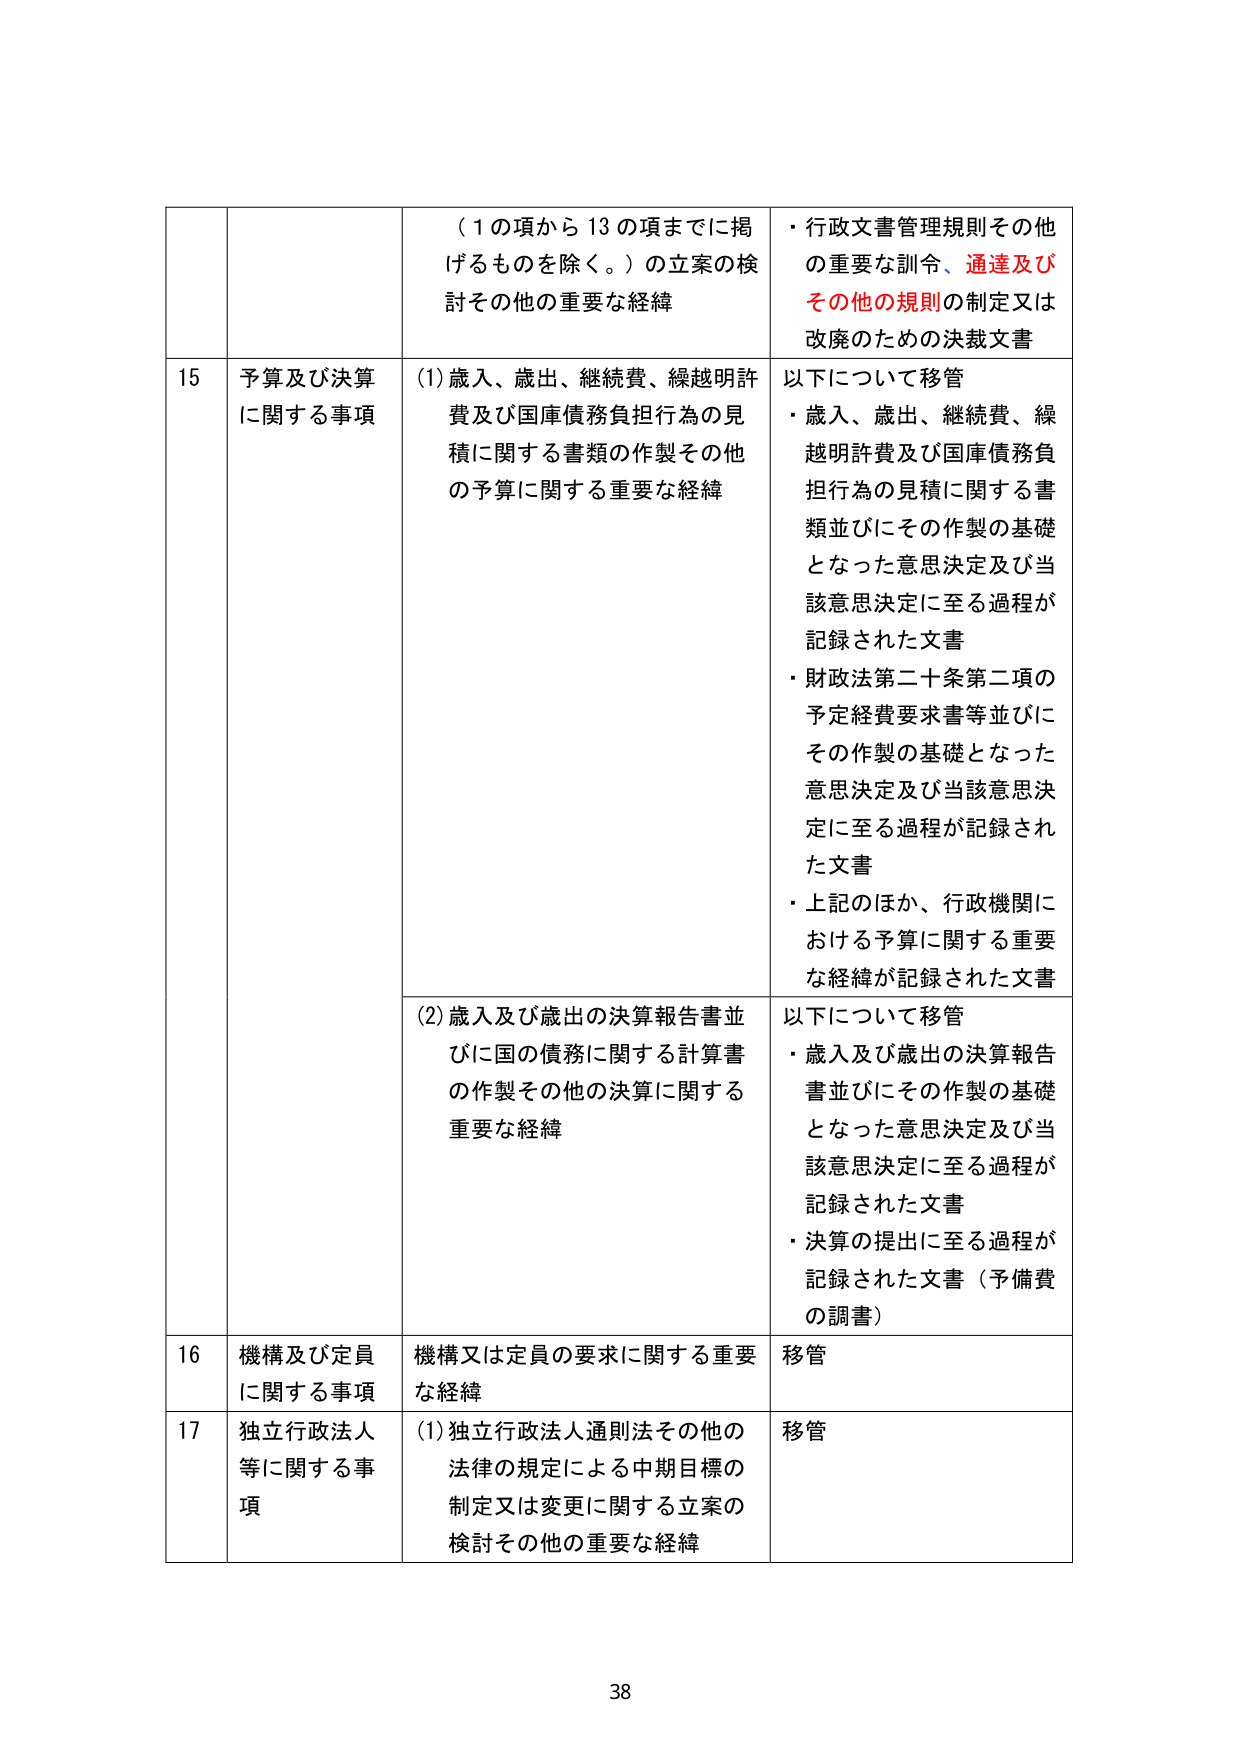
（１の項から１３の項までに掲げるものを除く。）の立案の検討その他の重要な経緯
・行政文書管理規則その他の重要な訓令、通達及びその他の規則の制定又は改廃のための決裁文書

15 予算及び決算に関する事項
(1) 歳入、歳出、継続費、繰越明許費及び国庫債務負担行為の見積に関する書類の作製その他の予算に関する重要な経緯
以下について移管
・歳入、歳出、継続費、繰越明許費及び国庫債務負担行為の見積に関する書類並びにその作製の基礎となった意思決定及び当該意思決定に至る過程が記録された文書
・財政法第二十条第二項の予定経費要求書等並びにその作製の基礎となった意思決定及び当該意思決定に至る過程が記録された文書
・上記のほか、行政機関における予算に関する重要な経緯が記録された文書

(2) 歳入及び歳出の決算報告書並びに国の債務に関する計算書の作製その他の決算に関する重要な経緯
以下について移管
・歳入及び歳出の決算報告書並びにその作製の基礎となった意思決定及び当該意思決定に至る過程が記録された文書
・決算の提出に至る過程が記録された文書（予備費の調書）

16 機構及び定員に関する事項
機構又は定員の要求に関する重要な経緯
移管

17 独立行政法人等に関する事項
(1) 独立行政法人通則法その他の法律の規定による中期目標の制定又は変更に関する立案の検討その他の重要な経緯
移管

38